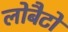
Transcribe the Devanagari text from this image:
लोबैटो